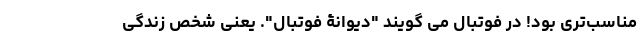
مناسب‌تری بود! در فوتبال می گویند "دیوانۀ فوتبال". یعنی شخص زندگی